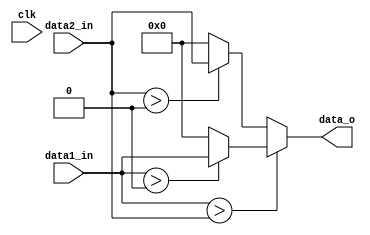
module MAX
(
    input clk,
    input signed[15:0] data1_in,
    input signed[15:0] data2_in,
    output signed[15:0]data_o
);

reg [15:0] op;

assign data_o = op;

  always@(*)begin
    if(data1_in > data2_in) begin
      if(data1_in>16'd0)op = data1_in;
      else op = 16'd0;
    end
    else begin
      if(data2_in>16'd0)op = data2_in;
      else op = 16'd0;
    end
  end
endmodule